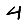
Digit: 4